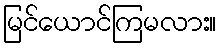
မြင်ယောင်ကြမလား။